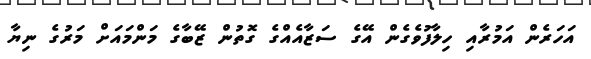
އަހަރެން އަމުރާއި ހިލާފުވެގެން އޭގެ ސަޒާއެއްގެ ގޮތުން ޒޭބާގެ މަންމައަށް މަރުގެ ނިޔާ